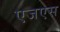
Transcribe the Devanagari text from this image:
एजएस